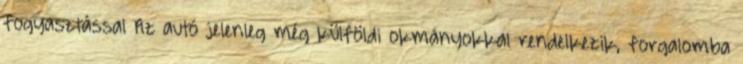
fogyasztással Az autó jelenleg még külföldi okmányokkal rendelkezik, forgalomba